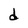
Character: d